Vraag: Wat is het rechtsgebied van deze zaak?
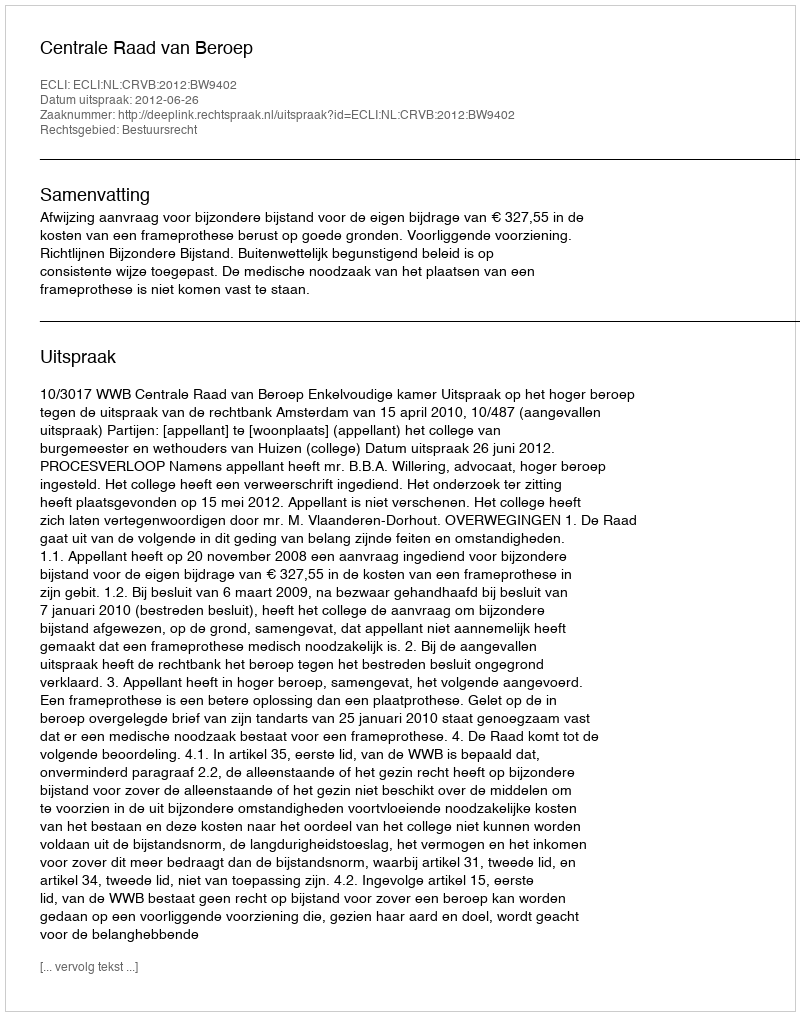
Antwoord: Bestuursrecht